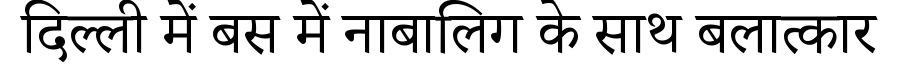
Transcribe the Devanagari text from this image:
दिल्ली में बस में नाबालिग के साथ बलात्कार